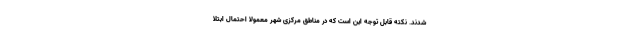
شدند. نکته قابل توجه این است که در مناطق مرکزی شهر معمولا احتمال ابتلا